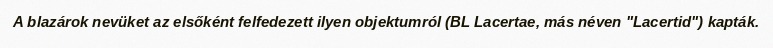
A blazárok nevüket az elsőként felfedezett ilyen objektumról (BL Lacertae, más néven "Lacertid") kapták.